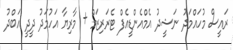
ރައީސް މުހައްމަދު ނަޝީދު އެމްއެންޑީއެފް ޓެރަރިޒަމް + މާރިޔާ އަހުމަދު ދީދީ އަބްދު